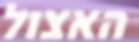
האצול